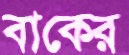
বাকের